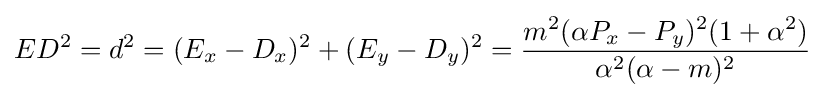
ED^{2}=d^{2}=(E_{x}-D_{x})^{2}+(E_{y}-D_{y})^{2}={\frac {m^{2}(\alpha P_{x}-P_{y})^{2}(1+\alpha ^{2})}{\alpha ^{2}(\alpha -m)^{2}}}